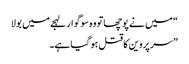
“ میں نے پوچھاتو وہ سوگوار لہجے میں بولا
” سر پروین کا قتل ہو گیا ہے۔